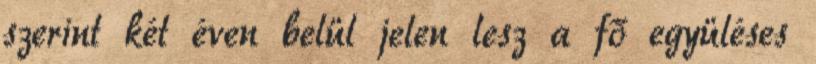
szerint két éven belül jelen lesz a fő együléses